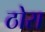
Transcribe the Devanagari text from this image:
ठोरा